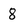
Character: 8